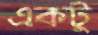
একটু